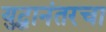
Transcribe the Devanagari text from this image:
युद्धानंतरचा